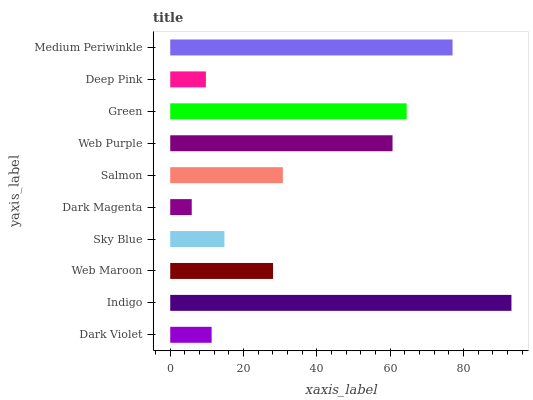
| yaxis_label | bars |
 | --- | --- |
 | Dark Violet | 11.3 |
 | Indigo | 93.1 |
 | Web Maroon | 28 |
 | Sky Blue | 14.8 |
 | Dark Magenta | 5.87 |
 | Salmon | 30.7 |
 | Web Purple | 60.6 |
 | Green | 64.5 |
 | Deep Pink | 9.73 |
 | Medium Periwinkle | 77 |